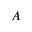
A